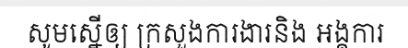
សូមស្នើឲ្យ ក្រសួងការងារនិង អង្គការ